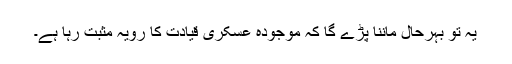
یہ تو بہرحال ماننا پڑے گا کہ موجودہ عسکری قیادت کا رویہ مثبت رہا ہے۔